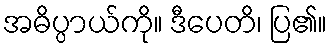
အဓိပ္ပာယ်ကို။ ဒီပေတိ၊ ပြ၏။